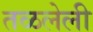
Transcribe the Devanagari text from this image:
तळलेली